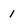
Character: i